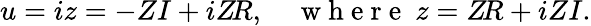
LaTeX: u=iz=-ZI+iZ\! R,\quad\mathrm{~w~h~e~r~e~\ }z=Z\! R+iZI.